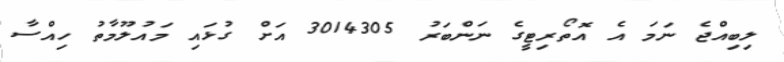
ލިބިއްޖެ ނަމަ އެ އޮތޯރިޓީގެ ނަންބަރު 3014305 އަށް ގުޅައި މައުލޫމާތު ހިއްސާ